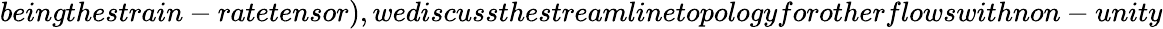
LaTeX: beingthestrain-ratetensor),wediscussthestreamlinetopologyforotherflowswithnon-unity